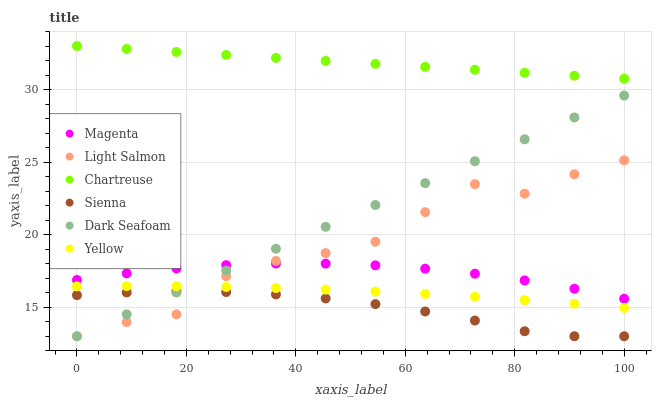
| xaxis_label | Magenta | Light Salmon | Chartreuse | Sienna | Dark Seafoam | Yellow |
 | --- | --- | --- | --- | --- | --- | --- |
 | 0 | 16.9 | 13 | 33 | 15.8 | 13 | 16.4 |
 | 9.09 | 17.3 | 14 | 32.8 | 16 | 14.5 | 16.5 |
 | 18.2 | 17.7 | 14.5 | 32.6 | 16.1 | 16 | 16.4 |
 | 27.3 | 17.9 | 17.1 | 32.4 | 16 | 17.5 | 16.4 |
 | 36.4 | 18 | 18.2 | 32.2 | 15.9 | 19 | 16.3 |
 | 45.5 | 18 | 18.7 | 32 | 15.6 | 20.5 | 16.2 |
 | 54.5 | 17.9 | 19.5 | 31.8 | 15.2 | 22 | 16.1 |
 | 63.6 | 17.7 | 21.6 | 31.6 | 14.7 | 23.6 | 15.9 |
 | 72.7 | 17.3 | 23.5 | 31.4 | 14.1 | 25.1 | 15.7 |
 | 81.8 | 16.8 | 22.8 | 31.2 | 13.3 | 26.6 | 15.5 |
 | 90.9 | 16.3 | 24.2 | 31 | 13 | 28.1 | 15.2 |
 | 100 | 15.6 | 25.1 | 30.7 | 13 | 29.6 | 15 |